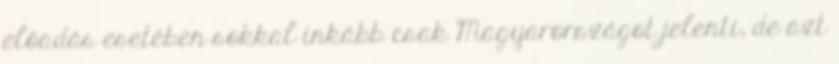
előadás esetében sokkal inkább csak Magyarországot jelenti, de azt